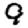
Digit: 9